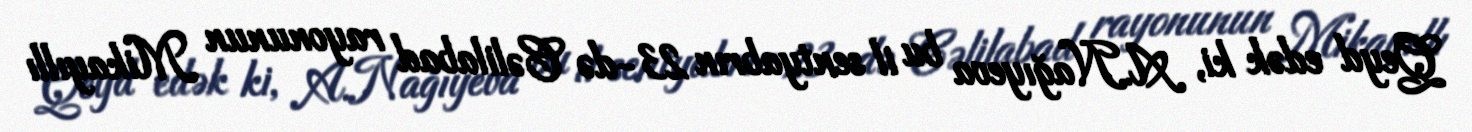
Qeyd edək ki, A.Nağıyeva bu il sentyabrın 23-də Cəlilabad rayonunun Mikayıllı